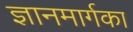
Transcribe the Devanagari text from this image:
ज्ञानमार्गका